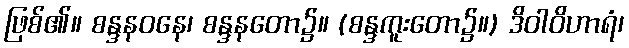
ဖြစ်၏။ စန္ဒနဝနေ၊ စန္ဒနတော၌။ (စန္ဒကူးတော၌။) ဒိဝါဝိဟာရံ၊